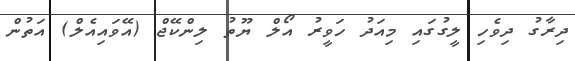
ދިރާގު ދިވެހި ލީގުގައި މިއަދު ހަވީރު އޯލް ޔޫތު ލިންކޭޖް (އޭވައިއެލް) އަތުން